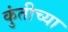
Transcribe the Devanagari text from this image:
कुंतीच्या